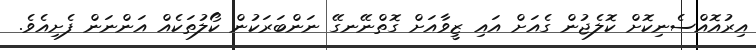
އިރުއޮއްސެނިކޮށް ކޮލެޖުން ގެއަށް އައި ޒީވާއަށް ގޮތްނޭނގޭ ނަންބަރަކުން ކޯލުތަކެއް އަންނަން ފެށިއެވެ.